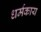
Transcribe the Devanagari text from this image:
धर्मकाय